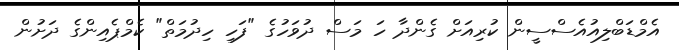
އެމްޑަބްލިއުއެސްސީން ކުރިއަށް ގެންދާ ހަ މަސް ދުވަހުގެ "ފަހި ހިދުމަތް" ކެމްޕެއިންގެ ދަށުން